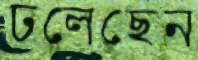
ঢলেছেন